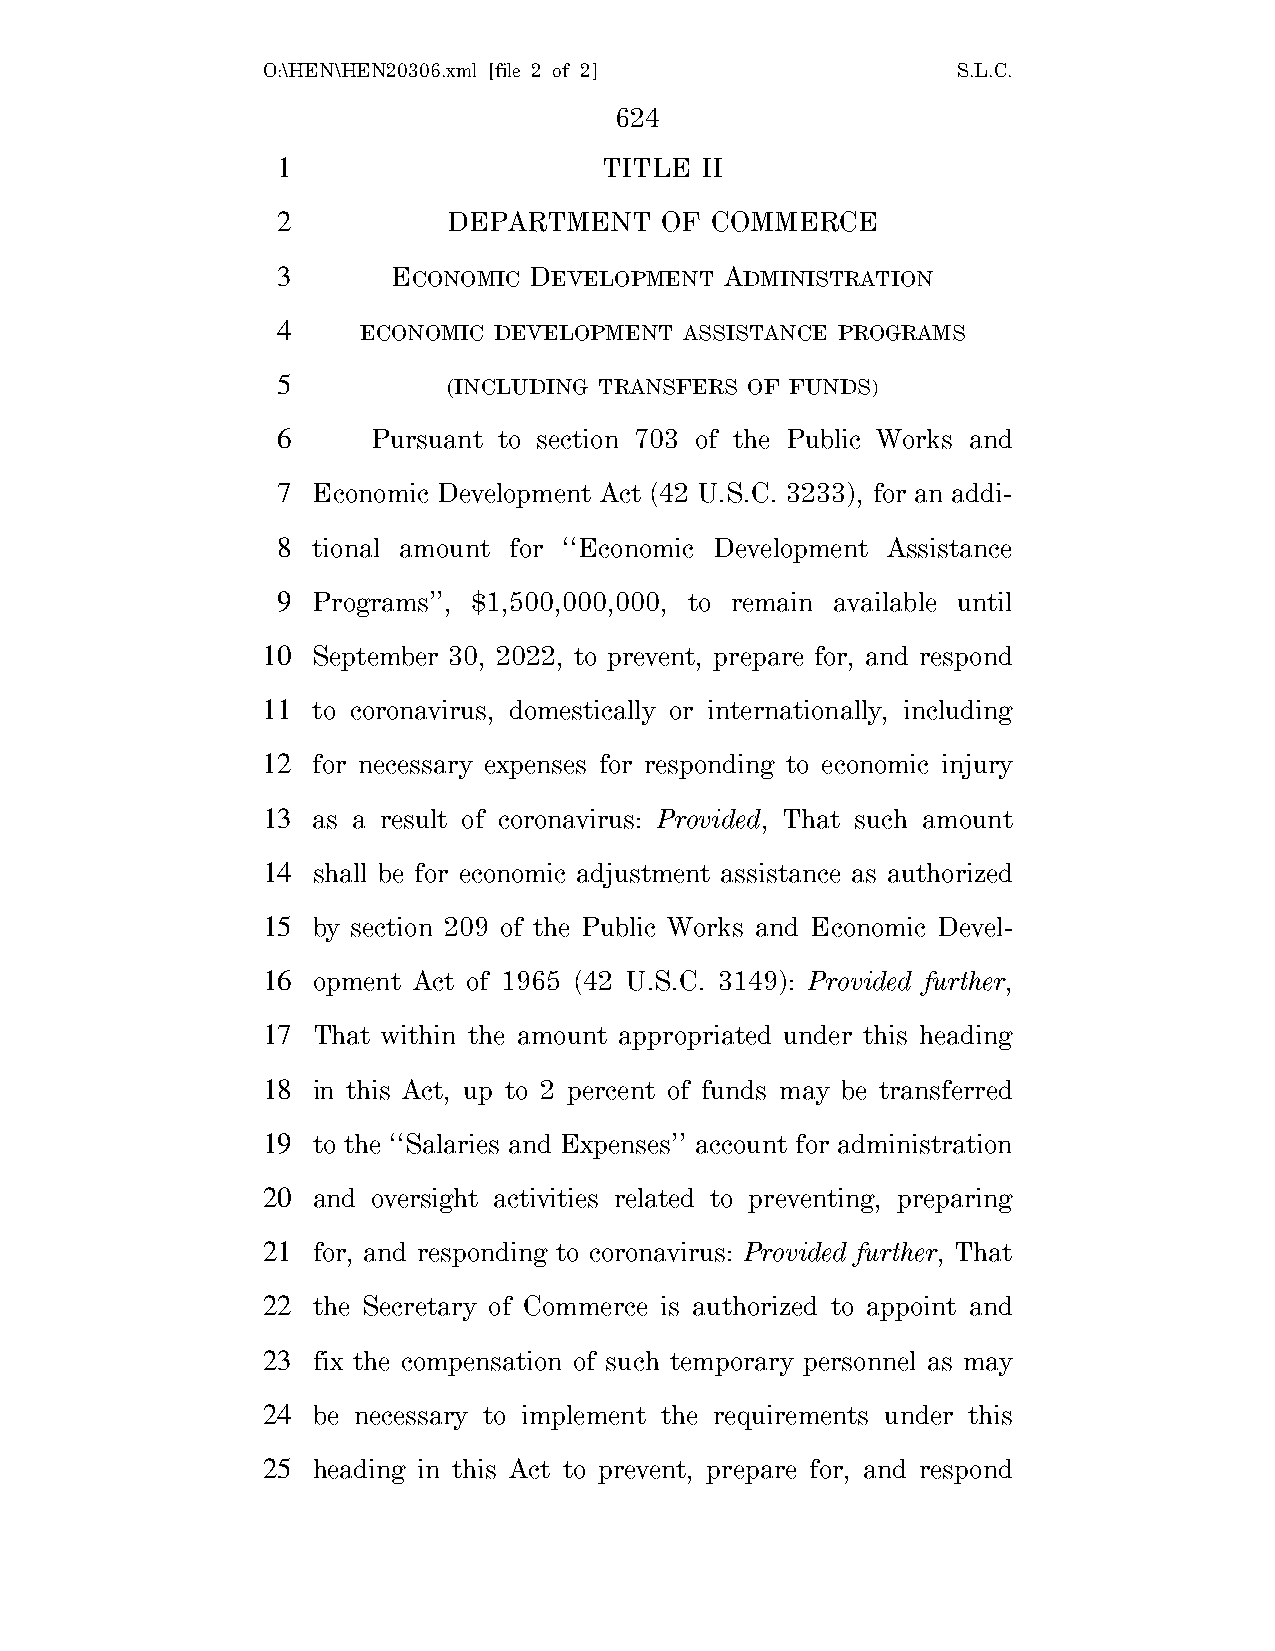
O:\HEN\HEN20306.xml [file 2 of 2]             S.L.C.
 624
 1                     TITLE II
 2           DEPARTMENT    OF COMMERCE
 3       ECONOMIC DEVELOPMENT  ADMINISTRATION
 4     ECONOMIC DEVELOPMENT ASSISTANCE PROGRAMS
 5           (INCLUDING TRANSFERS OF FUNDS)
 6      Pursuant to section 703 of the Public Works and
 7  Economic Development Act (42 U.S.C. 3233), for an addi-
 8  tional amount for ‘‘Economic Development Assistance
 9  Programs’’, $1,500,000,000, to remain available until
 10  September 30, 2022, to prevent, prepare for, and respond
 11  to coronavirus, domestically or internationally, including
 12  for necessary expenses for responding to economic injury
 13  as a result of coronavirus: Provided, That such amount
 14  shall be for economic adjustment assistance as authorized
 15  by section 209 of the Public Works and Economic Devel-
 16  opment Act of 1965 (42 U.S.C. 3149): Provided further,
 17  That within the amount appropriated under this heading
 18  in this Act, up to 2 percent of funds may be transferred
 19  to the ‘‘Salaries and Expenses’’ account for administration
 20  and oversight activities related to preventing, preparing
 21  for, and responding to coronavirus: Provided further, That
 22  the Secretary of Commerce is authorized to appoint and
 23  fix the compensation of such temporary personnel as may
 24  be necessary to implement the requirements under this
 25  heading in this Act to prevent, prepare for, and respond